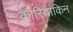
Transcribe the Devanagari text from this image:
कोरियाकिन